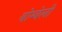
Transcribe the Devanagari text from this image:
बोम्बेली